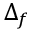
\Delta _ { f }